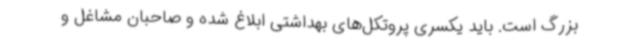
بزرگ است. باید یکسری پروتکل‌های بهداشتی ابلاغ شده و صاحبان مشاغل و